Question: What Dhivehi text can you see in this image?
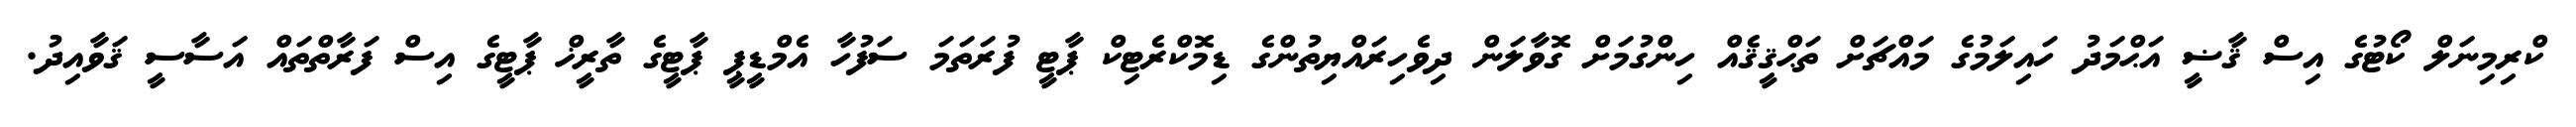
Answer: ކްރިމިނަލް ކޯޓުގެ އިސް ޤާޟީ އަޙްމަދު ހައިލަމުގެ މައްޗަށް ތަޙްޤީޤެއް ހިންގުމަށް ގޮވާލަން ދިވެހިރައްޔިތުންގެ ޑިމޮކްރެޓިކް ޕާޓީ ފުރަތަމަ ސަފުހާ އެމްޑީޕީ ޕާޓީގެ ތާރީޚް ޕާޓީގެ އިސް ފަރާތްތައް އަސާސީ ޤަވާއިދު.